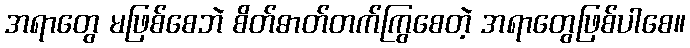
အရာတွေ မဖြစ်စေဘဲ စိတ်ဓာတ်တက်ကြွစေတဲ့ အရာတွေဖြစ်ပါစေ။